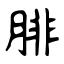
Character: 腓